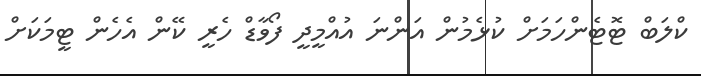
ކްލަބް ޓޮޓެންހަމަށް ކުޅެމުން އަންނަ އުއްމީދީ ފޯވާޑް ހެރީ ކޭން އެހެން ޓީމަކަށް